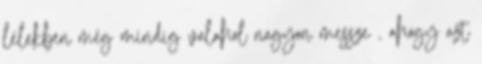
lélekben még mindig valahol nagyon messze , ahogy azt